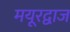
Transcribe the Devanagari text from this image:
मयूरद्वाज